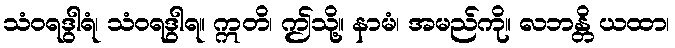
သံဝရဒွါရံ၊ သံဝရဒွါရ။ ဣတိ၊ ဤသို့။ နာမံ၊ အမည်ကို။ လဘန္တိ ယထာ၊